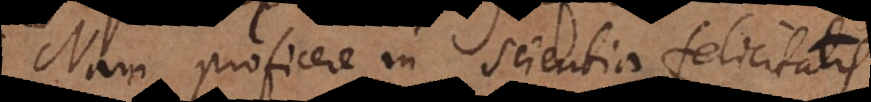
Nam proficere in scientia felicitati